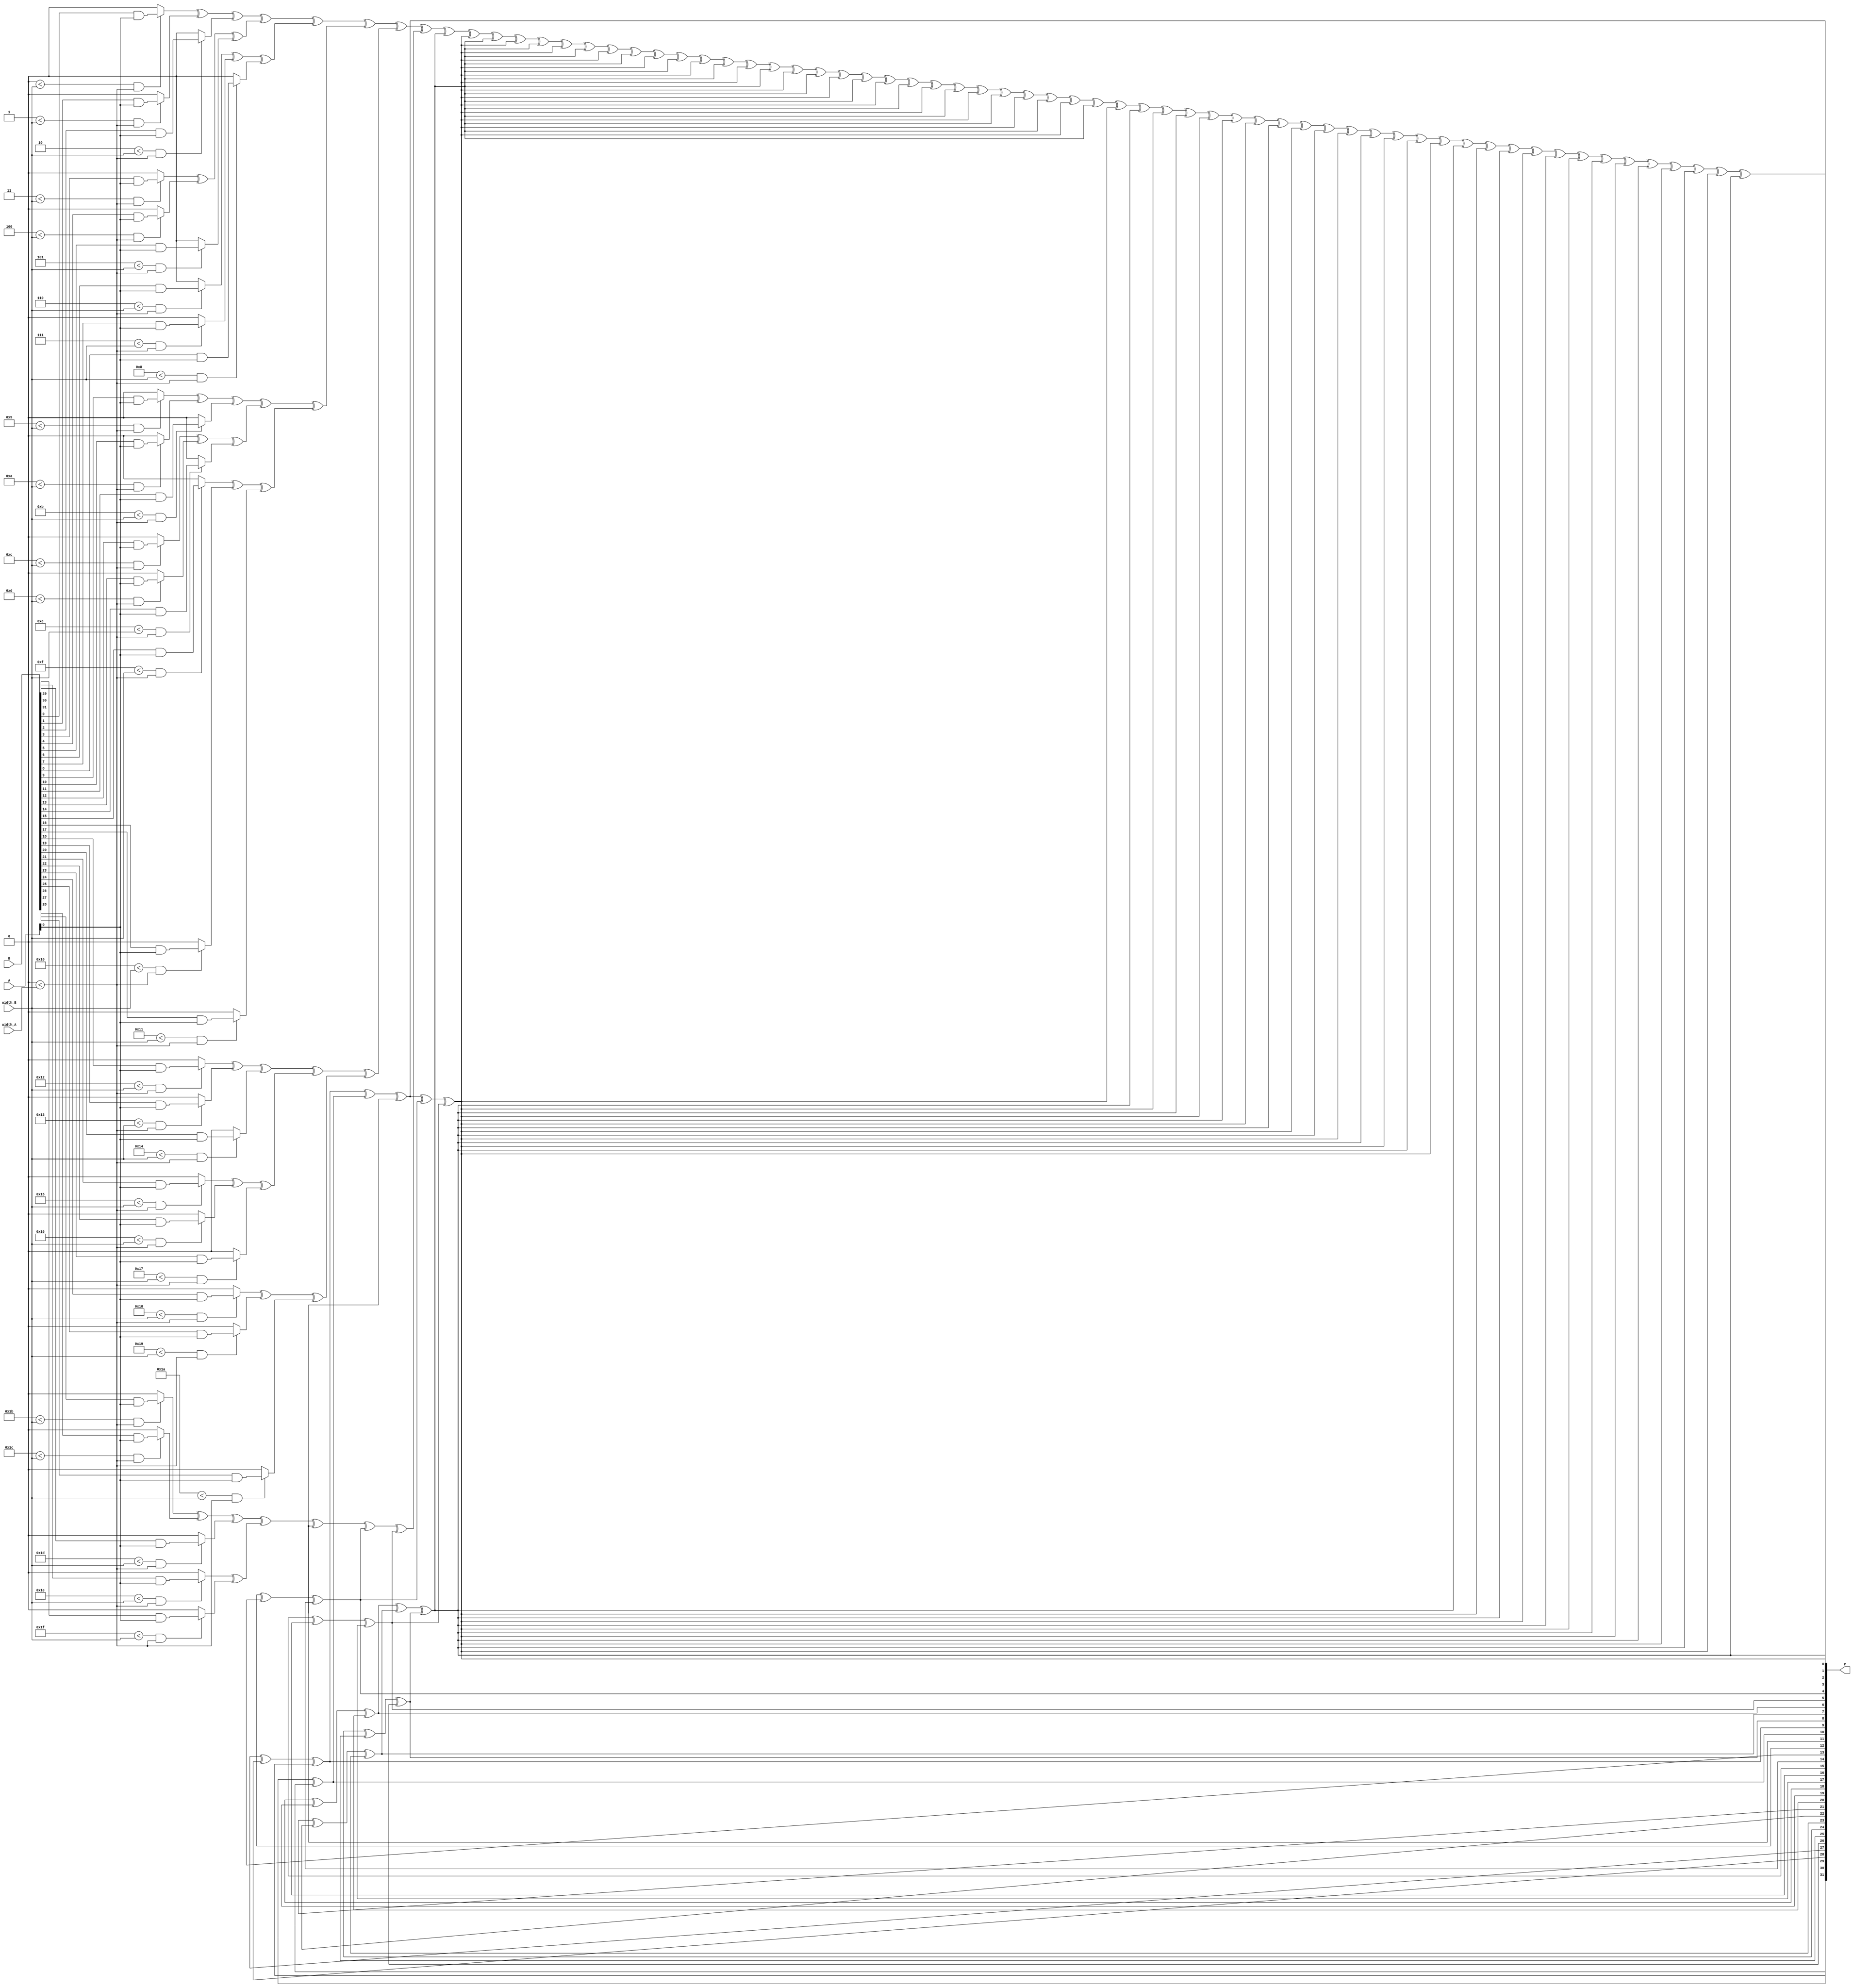
module variable_length_wallace_multiplier #(
    parameter MAX_WIDTH = 32 // Define the maximum input width
)(
    input [MAX_WIDTH-1:0] A, // Multiplicand
    input [MAX_WIDTH-1:0] B, // Multiplier
    input [5:0] width_A,     // Effective width of A
    input [5:0] width_B,     // Effective width of B
    output reg [2*MAX_WIDTH-1:0] P // Product output
);
    
    // Partial product generation
    wire [MAX_WIDTH-1:0] partial_products[MAX_WIDTH-1:0];
    genvar i, j;
    
    generate
        for (i = 0; i < MAX_WIDTH; i = i + 1) begin : pp_generation
            for (j = 0; j < MAX_WIDTH; j = j + 1) begin : pp_bit
                assign partial_products[i][j] = (i < width_B && j < width_A) ? (B[i] & A[j]) : 1'b0;
            end
        end
    endgenerate
    
    // Wallace tree reduction stages
    wire [2*MAX_WIDTH-1:0] sum;
    wire [2*MAX_WIDTH-1:0] carry;
    
    // Function to add three inputs with a full adder
    function [1:0] full_adder(input a, input b, input c);
        full_adder = {a & b | b & c | c & a, a ^ b ^ c};
    endfunction
    
    // Function to add two inputs with a half adder
    function [1:0] half_adder(input a, input b);
        half_adder = {a & b, a ^ b};
    endfunction
    
    // Wallace tree reduction logic
    integer k, level;
    reg [2*MAX_WIDTH-1:0] current_level[MAX_WIDTH:0];
    
    initial begin
        // Initialize the current level with partial products
        for (k = 0; k < MAX_WIDTH; k = k + 1) begin
            current_level[0][k] = partial_products[k];
        end
    end
    
    // Perform reduction
    always @(*) begin
        // Start with the initial level of partial products
        for (level = 0; level < MAX_WIDTH; level = level + 1) begin
            // Add three operands together using full adders and half adders
            for (k = 0; k < MAX_WIDTH; k = k + 3) begin
                if (k + 2 < MAX_WIDTH) begin
                    {carry[k/3], sum[k/3]} = full_adder(current_level[level][k], current_level[level][k + 1], current_level[level][k + 2]);
                end else if (k + 1 < MAX_WIDTH) begin
                    {carry[k/3], sum[k/3]} = half_adder(current_level[level][k], current_level[level][k + 1]);
                end else begin
                    sum[k/3] = current_level[level][k];
                    carry[k/3] = 1'b0;
                end
            end
            // Prepare for the next level
            current_level[level + 1] = {carry, sum};
        end
    end

    // Final addition of the last stage
    always @(*) begin
        P = current_level[MAX_WIDTH]; // Final product
    end

endmodule